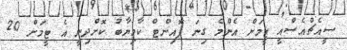
ސީއެޗްއެސްއީ ޓީމަށް އެންމެ ގިނަ ޕޮއިންޓް ކާމިޔާބު ކޮށްދިނީ އެ ޓީމަށް 20